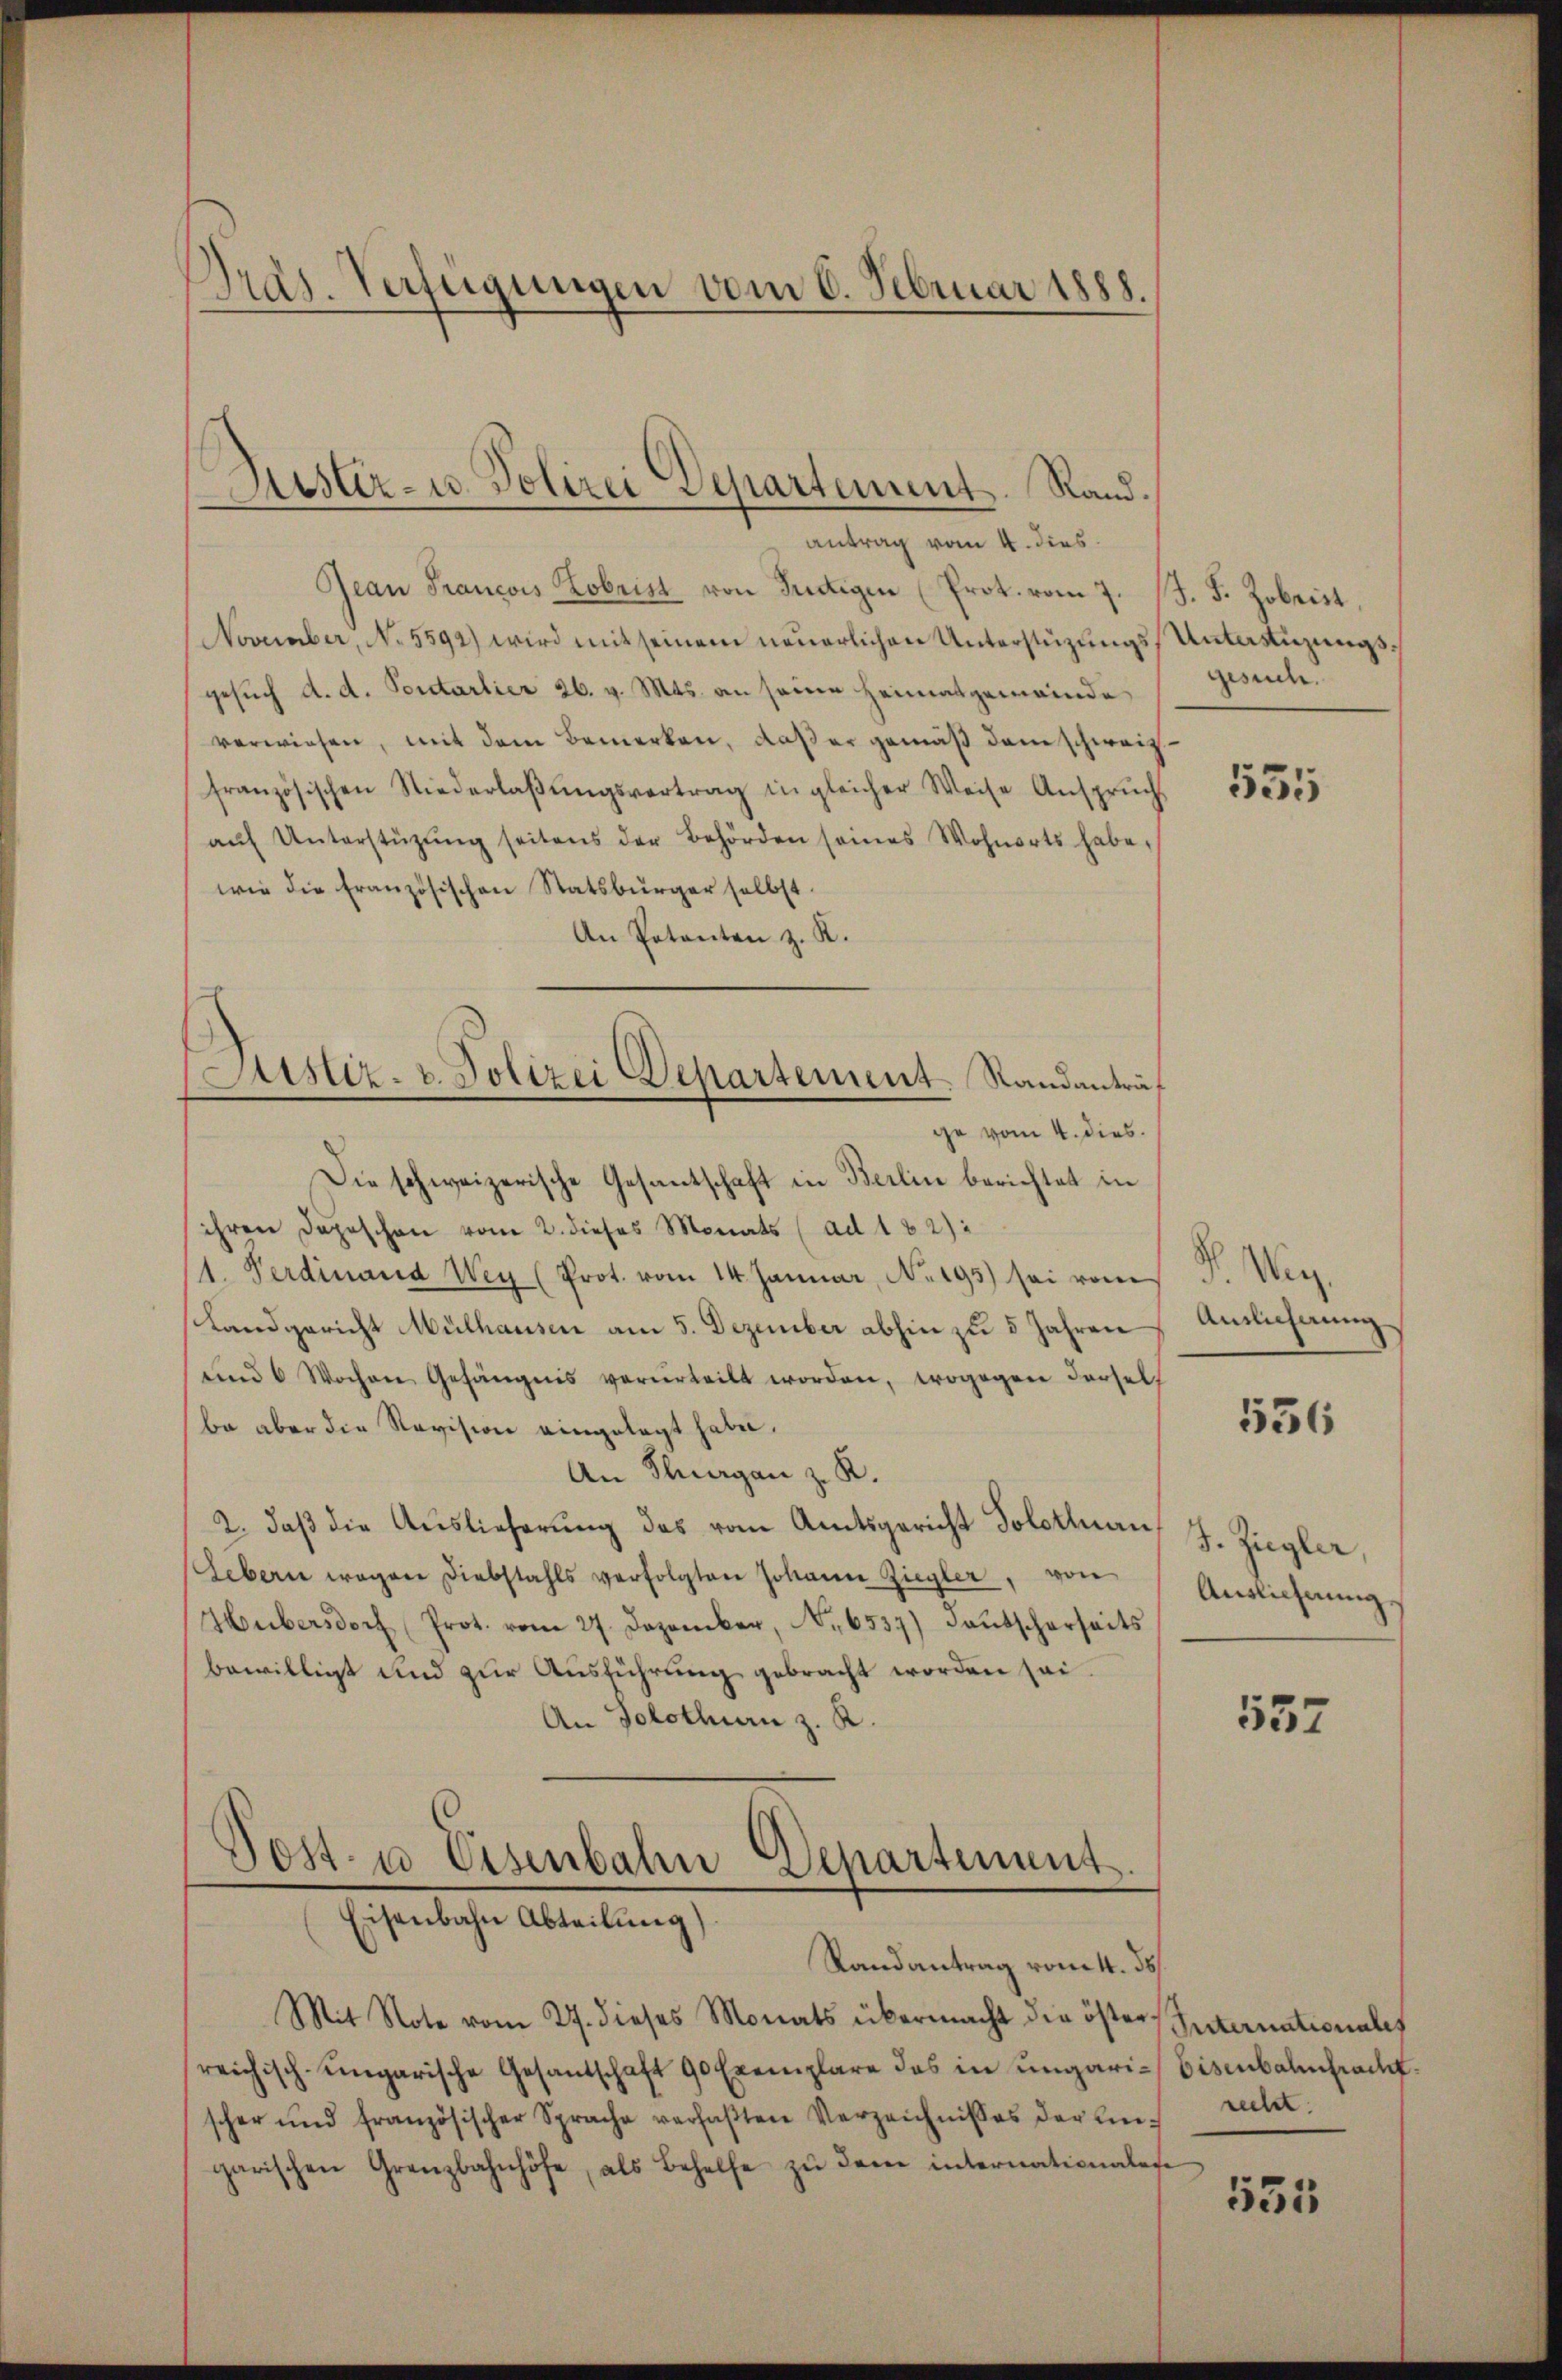
Präs. Verfügungen vom 6. Februar 1888.

antrag vom 4. dies
Jean Francois Kobrist von Tuttigen (Prot. vom 7.
November, No. 5592) wird mit seinem neuerlichen Unterstüzungsgesuch d. d. Portarlier 26. v. Mts. an seine Heimatgemeinde,
verwiesen, mit dem Bemerken, daß er gemäß dem schweiz.
französischen Niederlaβŭngsvertrag in gleicher Weise Ansprŭch
aŭf Unterstützŭng seitens der Behörden seines Wohnorts habe,
wie die Französischen Statsbürger selbst.
An Potenten z. R.
ge vom 4. dies
Die schweizerische Gesantschaft in Berlin berichtet in
ihren Depeschen vom 2. dieses Monats (ad 182):
1. Ferdinand Weg (Prot. vom 14. Januar, No. 195) sei vom
Landgericht Mülhausen am 5. Dezember abhin zu 5 Jahren
ŭnd 6 Wochen Gefängnis verurteilt worden, wogegen dersel
ba aber die Revision eingelegt habe.
An Thurgan z. R.
2. daβ die Auslieferung des vom Amtsgericht Solothurn,
Uebern wegen Diebstahls verfolgten Johann Ziegler, von
Hubersdorf Prot. vom 27. Dezember, No. 6537) Faŭtscherseits
bewilligt und zur Ausführung gebracht worden sei.
An Solothurn z. R.
Post- u Eisenbahn Departement.

Zuster- u. Polizei Departement. Rand.

Astez. v. Polizei Departement. Standanträf

Eisenbahn Abteilung)
Randantrag vom 4. ds.

J. F. Zobrist,
Unterstüzungsgesuch.

Mit Note vom 27. dieses Monats übermacht die öster Internationales
reichisch-ungarische Gesandschaft 90 Exemplare das in ungari- Eisenbalfrachscher und französischer Sprache verfaßten Verzeichnisses der Eingarischen Grenzbahnhöfe, als Behelfe zŭ dem internationalese

535

V. Wirz
Antlicherung

536

J. Ziegler,
Ausliehnung

557

recht.

535